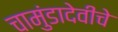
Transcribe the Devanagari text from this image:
चामुंडादेवीचे